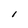
Character: 1